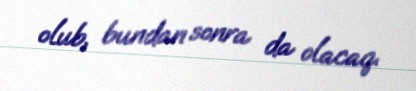
olub, bundan sonra da olacaq.